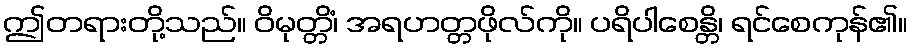
ဤတရားတို့သည်။ ဝိမုတ္တိံ၊ အရဟတ္တဖိုလ်ကို။ ပရိပါစေန္တိ၊ ရင်စေကုန်၏။